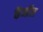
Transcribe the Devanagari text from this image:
कॅनाॅल